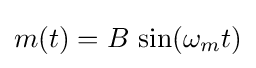
m(t)=B\,\sin(\omega _{m}t)